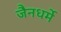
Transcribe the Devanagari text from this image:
जैनधर्मे